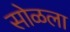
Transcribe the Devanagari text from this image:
सोळला